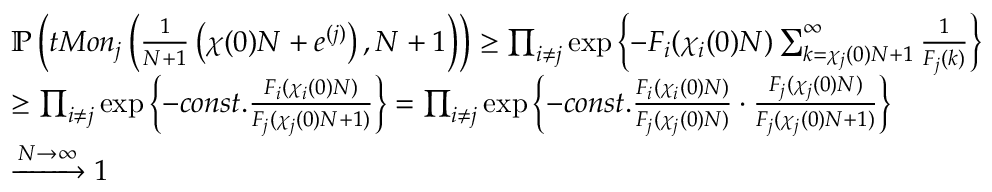
\begin{array} { r l } & { \mathbb { P } \left( t M o n _ { j } \left( \frac { 1 } { N + 1 } \left( \chi ( 0 ) N + e ^ { ( j ) } \right) , N + 1 \right) \right) \ge \prod _ { i \ne j } \exp \left\{ - F _ { i } ( \chi _ { i } ( 0 ) N ) \sum _ { k = \chi _ { j } ( 0 ) N + 1 } ^ { \infty } \frac { 1 } { F _ { j } ( k ) } \right\} } \\ & { \ge \prod _ { i \ne j } \exp \left\{ - c o n s t . \frac { F _ { i } ( \chi _ { i } ( 0 ) N ) } { F _ { j } ( \chi _ { j } ( 0 ) N + 1 ) } \right\} = \prod _ { i \ne j } \exp \left\{ - c o n s t . \frac { F _ { i } ( \chi _ { i } ( 0 ) N ) } { F _ { j } ( \chi _ { j } ( 0 ) N ) } \cdot \frac { F _ { j } ( \chi _ { j } ( 0 ) N ) } { F _ { j } ( \chi _ { j } ( 0 ) N + 1 ) } \right\} } \\ & { \xrightarrow { N \to \infty } 1 } \end{array}